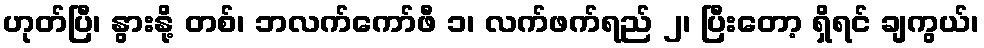
ဟုတ်ပြီ၊ နွားနို့ တစ်၊ ဘလက်ကော်ဖီ ၁၊ လက်ဖက်ရည် ၂၊ ပြီးတော့ ရှိရင် ချကွယ်၊